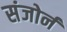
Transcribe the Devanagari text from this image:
संजोर्न